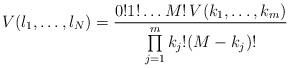
LaTeX: \begin{align*}V(l_1,\dots,l_N)=\frac{0!1!\dots M!\,V(k_1,\dots,k_m)}{\prod\limits_{j=1}^mk_j!(M-k_j)!}\end{align*}